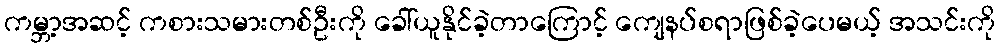
ကမ္ဘာ့အဆင့် ကစားသမားတစ်ဦးကို ခေါ်ယူနိုင်ခဲ့တာကြောင့် ကျေနပ်စရာဖြစ်ခဲ့ပေမယ့် အသင်းကို